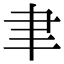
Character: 聿